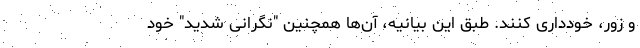
و زور، خودداری کنند. طبق این بیانیه، آن‌ها همچنین "نگرانی شدید" خود